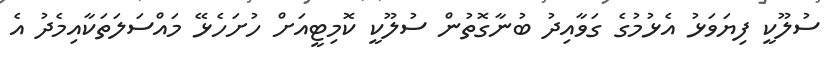
ސުލޫކީ ފިޔަވަޅު އެޅުމުގެ ގަވާއިދު ބުނާގޮތުން ސުލޫކީ ކޮމިޓީއަށް ހުށަހެޅޭ މައްސަލަތަކާއިމެދު އެ